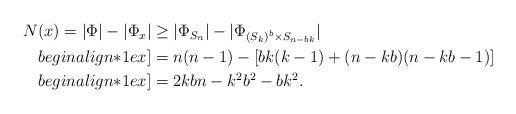
LaTeX: \begin{align*}\begin{aligned} N(x) = |\Phi| - |\Phi_x| & \geq |\Phi_{S_{n}}| - |\Phi_{(S_k)^{b} \times S_{n-bk}}| \\begin{align*}1ex] & = n(n-1)-[bk(k-1)+(n-kb)(n-kb-1)]\\begin{align*}1ex] & = 2kbn-k^2b^2 - bk^2.\end{aligned} \end{align*}